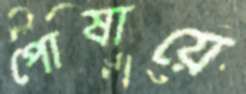
পোষায়ে